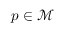
p \in \mathcal { M }